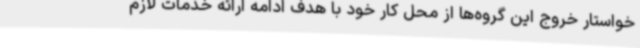
خواستار خروج این گروه‌ها از محل کار خود با هدف ادامه ارائه خدمات لازم